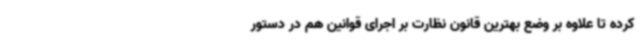
کرده تا علاوه بر وضع بهترین قانون نظارت بر اجرای قوانین هم در دستور